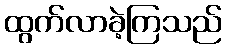
ထွက်လာခဲ့ကြသည်